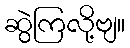
ဆွဲကြလို့ဗျ။